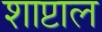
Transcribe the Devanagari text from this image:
शाप्टाल